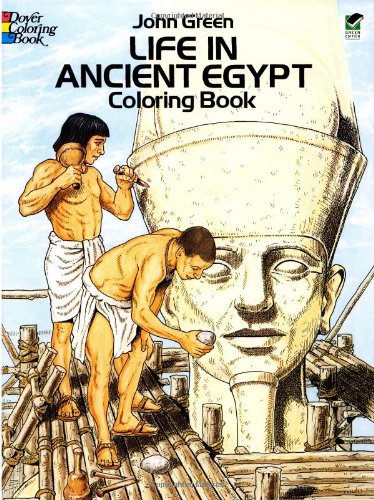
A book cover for Life in Ancient Egypt Coloring Book (Dover History Coloring Book); John Green; Children's Books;